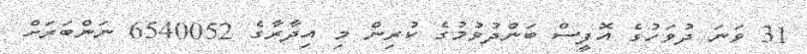
31 ވަނަ ދުވަހުގެ އޮފީސް ބަންދުވުމުގެ ކުރިން މި އިދާރާގެ 6540052 ނަންބަރަށް